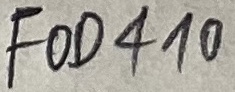
Text: FOD410